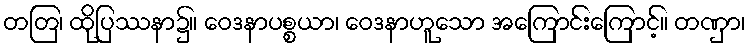
တတြ၊ ထိုပြဿနာ၌။ ဝေဒနာပစ္စယာ၊ ဝေဒနာဟူသော အကြောင်းကြောင့်။ တဏှာ၊